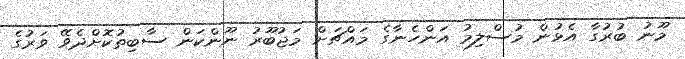
މޫނު ބުރުގާ އެޅުން މުސްލިމު އަންހެނާގެ މައްޗަށް މަޖުބޫރު ނޫންކަން ސާބިތުކޮށްދެވޭ ވަރުގެ